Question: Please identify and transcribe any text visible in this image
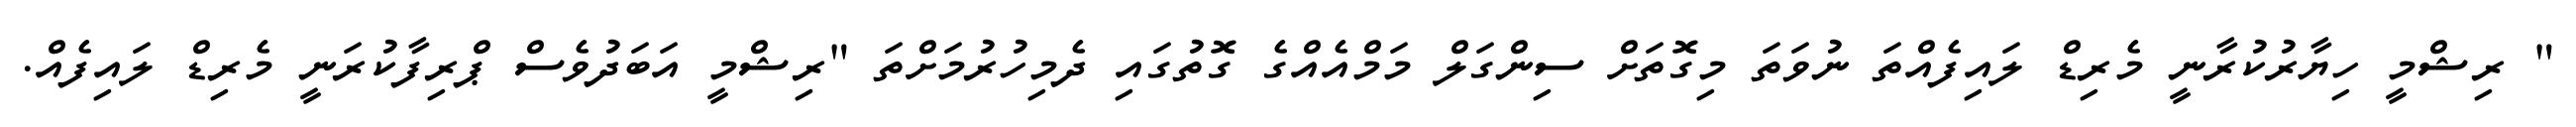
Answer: " ރިޝްމީ ހިޔާރުކުރާނީ މެރިޑް ލައިފެއްތަ ނުވަތަ މިގޮތަށް ސިންގަލް މަމްއެއްގެ ގޮތުގައި ދެމިހުރުމަށްތަ "ރިޝްމީ އަބަދުވެސް ޕްރިފާކުރަނީ މެރިޑް ލައިފެއް.